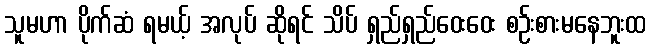
သူမဟာ ပိုက်ဆံ ရမယ့် အလုပ် ဆိုရင် သိပ် ရှည်ရှည်ဝေးဝေး စဉ်းစားမနေဘူးထ